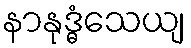
နာနုဒ္ဓံသေယျ